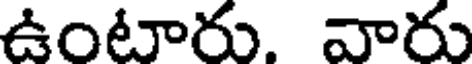
ఉంటారు. వారు